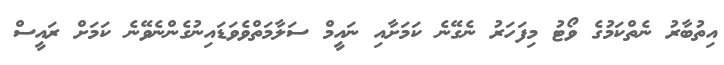
އިތުބާރު ނެތްކަމުގެ ވޯޓު މިފަހަރު ނެގޭނެ ކަމަށާއި ނައީމް ސަލާމަތްވެވަޑައިނުގެންނެވޭނެ ކަމަށް ރައީސް